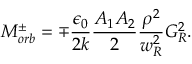
M _ { o r b } ^ { \pm } = \mp \frac { \epsilon _ { 0 } } { 2 k } \frac { A _ { 1 } A _ { 2 } } { 2 } \frac { \rho ^ { 2 } } { w _ { R } ^ { 2 } } G _ { R } ^ { 2 } .